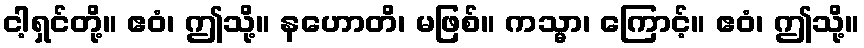
ငါ့ရှင်တို့။ ဧဝံ၊ ဤသို့။ နဟောတိ၊ မဖြစ်။ ကသ္မာ၊ ကြောင့်။ ဧဝံ၊ ဤသို့။